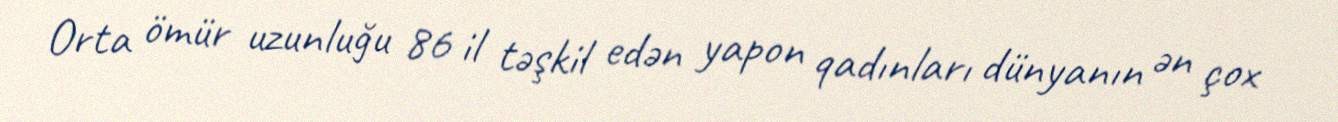
Orta ömür uzunluğu 86 il təşkil edən yapon qadınları dünyanın ən çox